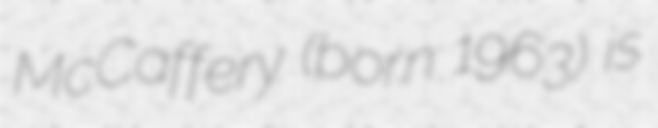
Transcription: McCaffery (born 1963) is